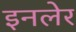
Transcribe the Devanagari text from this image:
इनलेर